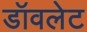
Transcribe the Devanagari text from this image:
डॉवलेट